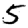
Digit: 5